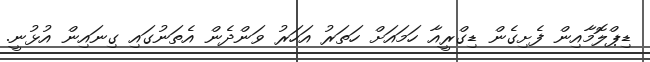
ޑިޕްލޮމާއިން ފެށިގެން ޑިގްރީއާ ހަމައަށް ހަތަރު އަހަރު ވަންދެން އެތަނުގައި ގިނައިން އުޅުނީ.